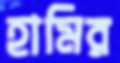
হামির